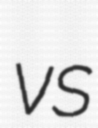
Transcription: vs